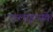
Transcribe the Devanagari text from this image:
एरलाइन्सके